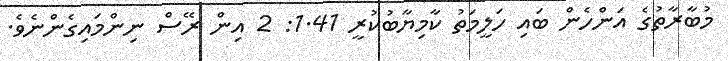
މުބާރާތުގެ އަންހެން ބައި ހަލީމަތު ކާމިޔާބުކުރީ 1.41: 2 އިން ރޭސް ނިންމައިގެންނެވެ.